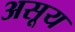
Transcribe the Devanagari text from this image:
असूय